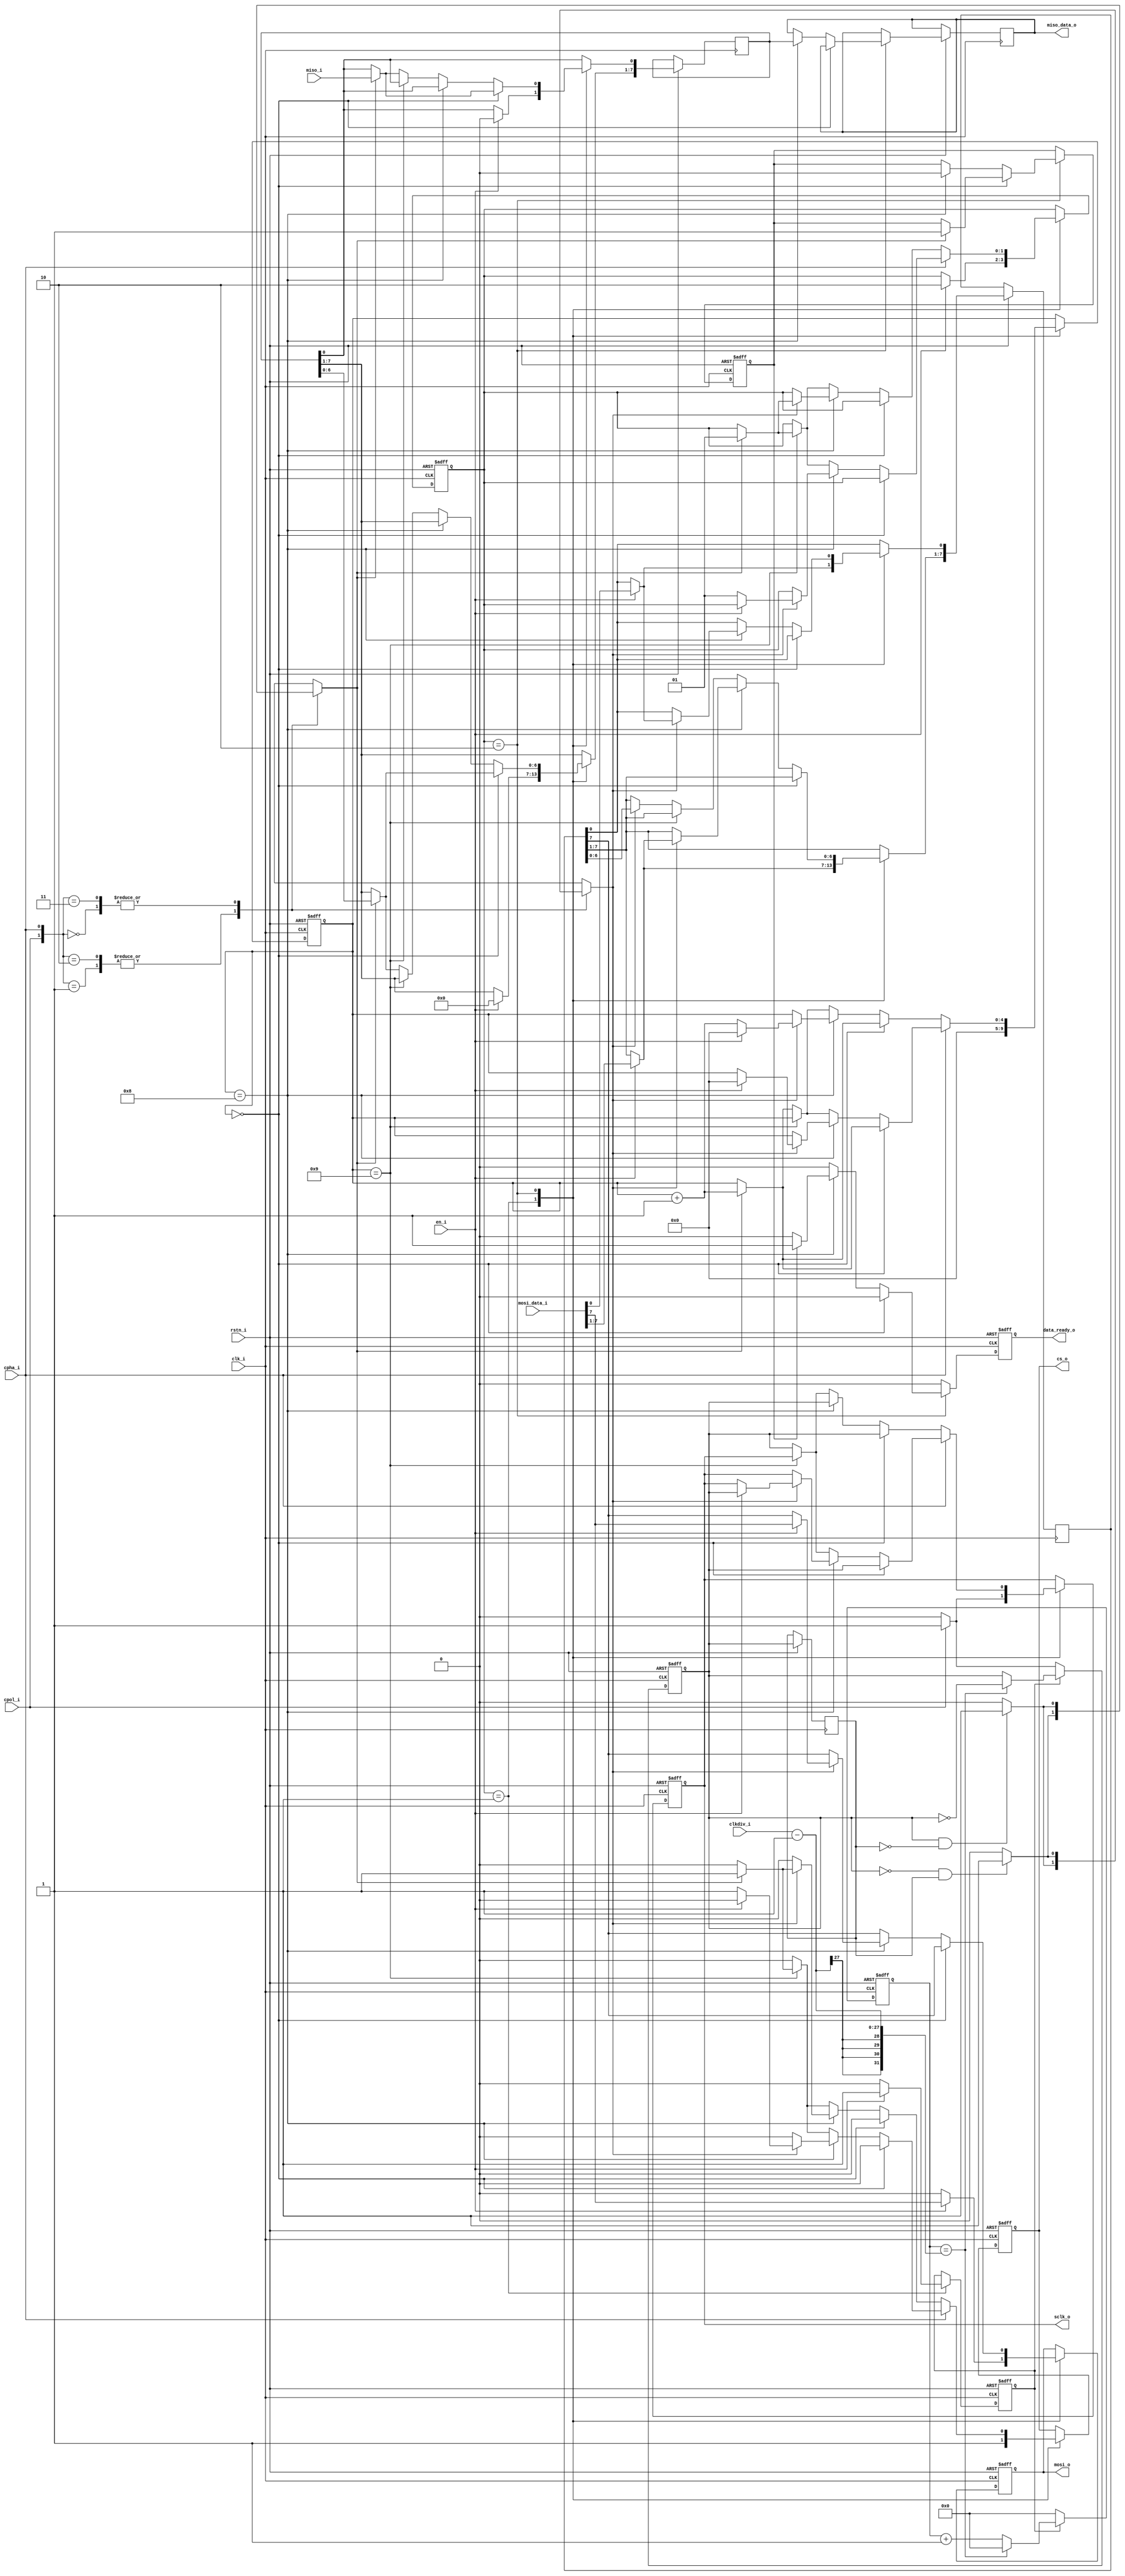
module spi_master(
        input  wire         clk_i,
        input  wire         rstn_i,
        input  wire         en_i,
        input  wire         cpol_i,
        input  wire         cpha_i,
        input  wire [26:0]  clkdiv_i,
        input  wire [7:0]   mosi_data_i,
        output reg  [7:0]   miso_data_o,
        output reg          data_ready_o,
        output reg          cs_o,
        output reg          sclk_o,
        output reg          mosi_o,
        input  wire         miso_i
    );  
    
    reg [7:0] write_reg;
    reg [7:0] read_reg;  

    reg sclk_en;
    reg sclk;
    reg sclk_prev;
    reg sclk_rise;
    reg sclk_fall;


    reg mosi_en;
    reg miso_en;
    reg once;

    reg [4:0]  cntr;
    reg [26:0] edgecntr;

    reg [1:0] state;
    localparam S_IDLE        = 2'b01;
    localparam S_TRANSFER    = 2'b10;

    always @(*) begin
        case ({cpol_i, cpha_i})
            2'b00: begin
                mosi_en = sclk_fall;
			    miso_en	= sclk_rise;
            end

            2'b01: begin
                mosi_en = sclk_rise;
			    miso_en	= sclk_fall;
            end

            2'b10: begin
                mosi_en = sclk_rise;
                miso_en	= sclk_fall;
            end

            2'b11: begin
                mosi_en = sclk_fall;
                miso_en	= sclk_rise;	
            end
        endcase
    end

    always @(*) begin
        if (sclk && !sclk_prev) begin
            sclk_rise = 1'b1;
        end else begin
            sclk_rise = 1'b0;
        end

        if (!sclk && sclk_prev) begin
            sclk_fall = 1'b1;
        end else begin
            sclk_fall = 1'b0;
        end
    end

    always @(posedge clk_i, negedge rstn_i) begin
        if (!rstn_i) begin
            data_ready_o <= 1'b0;
            cs_o			<= 1'b1;
			mosi_o			<= 1'b0;
			sclk_o	        <= 1'b0;
			data_ready_o	<= 1'b0;			
			sclk_en			<= 1'b0;
			cntr			<= 0; 
            once            <= 1'b0;
            state           <= S_IDLE;
        end else begin
            data_ready_o    <=  1'b0;
	        sclk_prev	    <= sclk;
            case(state) 
                S_IDLE: begin
                    cs_o			<= 1'b1;
                    mosi_o			<= 1'b0;
                    data_ready_o	<= 1'b0;			
                    sclk_en			<= 1'b0;
                    cntr			<= 0; 

                    if (!cpol_i) begin
                        sclk_o	<= 1'b0;
                    end else begin
                        sclk_o	<= 1'b1;
                    end

                    if (en_i) begin
                        state		<= S_TRANSFER;
                        sclk_en		<= 1'b1;
                        write_reg	<= mosi_data_i;
                        mosi_o		<= mosi_data_i[7];
                        read_reg	<= 8'h00;
                    end
                end

                S_TRANSFER: begin
                    cs_o	<= 1'b0;
                    mosi_o	<= write_reg[7];

                    if (cpha_i) begin	
 
                        if (cntr == 0) begin
                            sclk_o	<= sclk;
                            if (miso_en) begin
                                read_reg[0]		<= miso_i;
                                read_reg[7:1] 	<= read_reg[6:0];
                                cntr			<= cntr + 1;
                                once            <= 1'b1;
                            end			
                        end else if (cntr == 8) begin
                            if (once) begin
                                data_ready_o	<= 1'b1;
                                once            <= 1'b0;				       
                            end					
                            miso_data_o		<= read_reg;
                            if (mosi_en) begin
                                if (en_i) begin
                                    write_reg	<= mosi_data_i;
                                    mosi_o		<= mosi_data_i[7];	
                                    sclk_o		<= sclk;							
                                    cntr		<= 0;
                                end else begin 
                                    state	<= S_IDLE;
                                    cs_o	<= 1'b1;							
                                end
                            end
                        end else if (cntr == 9) begin
                            if (miso_en) begin
                                state	<= S_IDLE;
                                cs_o	<= 1'b1;
                            end					
                        end else begin 
                            sclk_o	<= sclk;
                            if (miso_en) begin
                                read_reg[0]     <= miso_i;
                                read_reg[7:1] 	<= read_reg[6:0];
                                cntr            <= cntr + 1;
                            end
                            if (mosi_en) begin
                                mosi_o	<= write_reg[7];
                                write_reg[7:1] 	<= write_reg[6:0];
                            end
                        end
         
                    end else begin	// cpha_i = '0'
         
                        if (cntr == 0) begin
                            sclk_o	<= sclk;					
                            if (miso_en) begin
                                read_reg[0]			<= miso_i;
                                read_reg[7:1] 	    <= read_reg[6:0];
                                cntr				<= cntr + 1;
                                once                <= 1'b1;
                            end
                        end else if (cntr == 8) begin				
                            if (once) begin
                                data_ready_o    <= 1'b1;
                                once            <= 1'b0;                      
                            end
                            miso_data_o		<= read_reg;
                            sclk_o			<= sclk;
                            if (mosi_en) begin
                                if (en_i) begin
                                    write_reg	<= mosi_data_i;
                                    mosi_o		<= mosi_data_i[7];		
                                    cntr		<= 0;
                                end else begin
                                    cntr	<= cntr + 1;
                                end
                                if (miso_en) begin
                                    state	<= S_IDLE;
                                    cs_o	<= 1'b1;							
                                end
                            end		
                        end else if (cntr == 9) begin
                            if (miso_en) begin
                                state	<= S_IDLE;
                                cs_o	<= 1'b1;
                            end
                        end else begin
                            sclk_o	<= sclk;
                            if (miso_en) begin
                                read_reg[0]     <= miso_i;
                                read_reg[7:1] 	<= read_reg[6:0];
                                cntr            <= cntr + 1;
                            end
                            if (mosi_en) begin
                                write_reg[7:1] 	<= write_reg[6:0];
                            end
                        end			
         
                    end
                end
            endcase
        end
    end

    always @(posedge clk_i, negedge rstn_i) begin
        if (!rstn_i) begin
            edgecntr	<= 0;
            sclk	    <= 1'b0;
        end else begin
            if (sclk_en) begin
                if (edgecntr == clkdiv_i-1) begin
                    sclk 		<= ~sclk;
                    edgecntr	<= 0;
                end else begin 
                    edgecntr	<= edgecntr + 1;
                end
            end else begin 
                edgecntr	<= 0;
                if (!cpol_i) begin
                    sclk	<= 1'b0;
                end else begin 
                    sclk	<= 1'b1;
                end
            end
        end
    end
endmodule